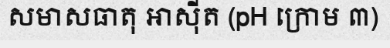
សមាសធាតុ អាស៊ីត (pH ក្រោម ៣)